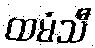
ထမံသီ